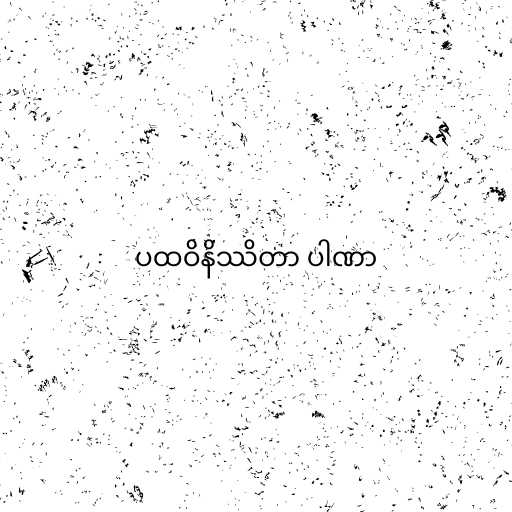
ပထဝိနိဿိတာ ပါဏာ